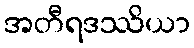
အတီရဒဿိယာ